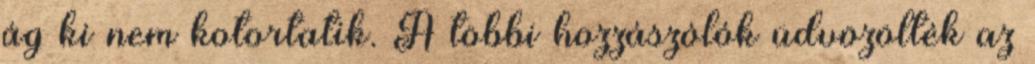
ág ki nem kotortatik. A többi hozzászólók üdvözölték az